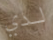
لدي